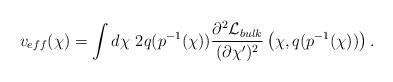
LaTeX: \begin{align*}v_{eff}(\chi) = \int d \chi ~2 q(p^{-1}(\chi)) \frac{\partial^2 {\cal L}_{bulk}}{(\partial \chi')^2}\left(\chi, q(p^{-1}(\chi))\right).\end{align*}